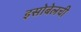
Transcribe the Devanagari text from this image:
इसोबेलची